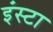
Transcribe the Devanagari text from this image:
इंस्टा